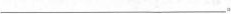
___。